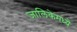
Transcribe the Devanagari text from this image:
जालिकेमध्ये